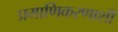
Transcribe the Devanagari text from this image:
प्रमाणिकरणाशी